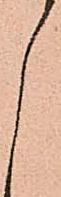
し